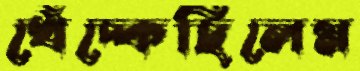
খেঁচ্‌কেছিলেম